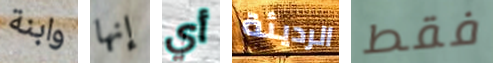
وابنة إنها أي الرديئة فقط